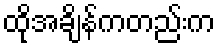
ထိုအချိန်ကတည်းက